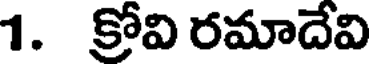
1. క్రోవి రమాదేవి